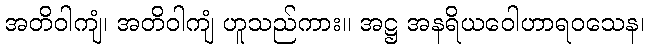
အတိဝါကျံ၊ အတိဝါကျံ ဟူသည်ကား။ အဋ္ဌ အနရိယဝေါဟာရဝသေန၊